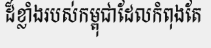
ដ៏ខ្លាំងរបស់កម្ពុជាដែលកំពុងតែ